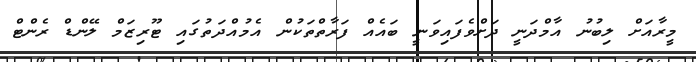
މީރާއަށް ލިބުނު އާމްދަނީ ދަށްވެފައިވަނީ ބައެއް ފަރާތްތަކުން އެމުއްދަތުގައި ޓޫރިޒަމް ލޭންޑް ރެންޓް